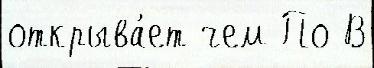
открыва́ет чем По В